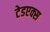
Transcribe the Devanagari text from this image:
टेडएक्स